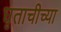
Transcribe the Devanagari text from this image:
घृताचीच्या